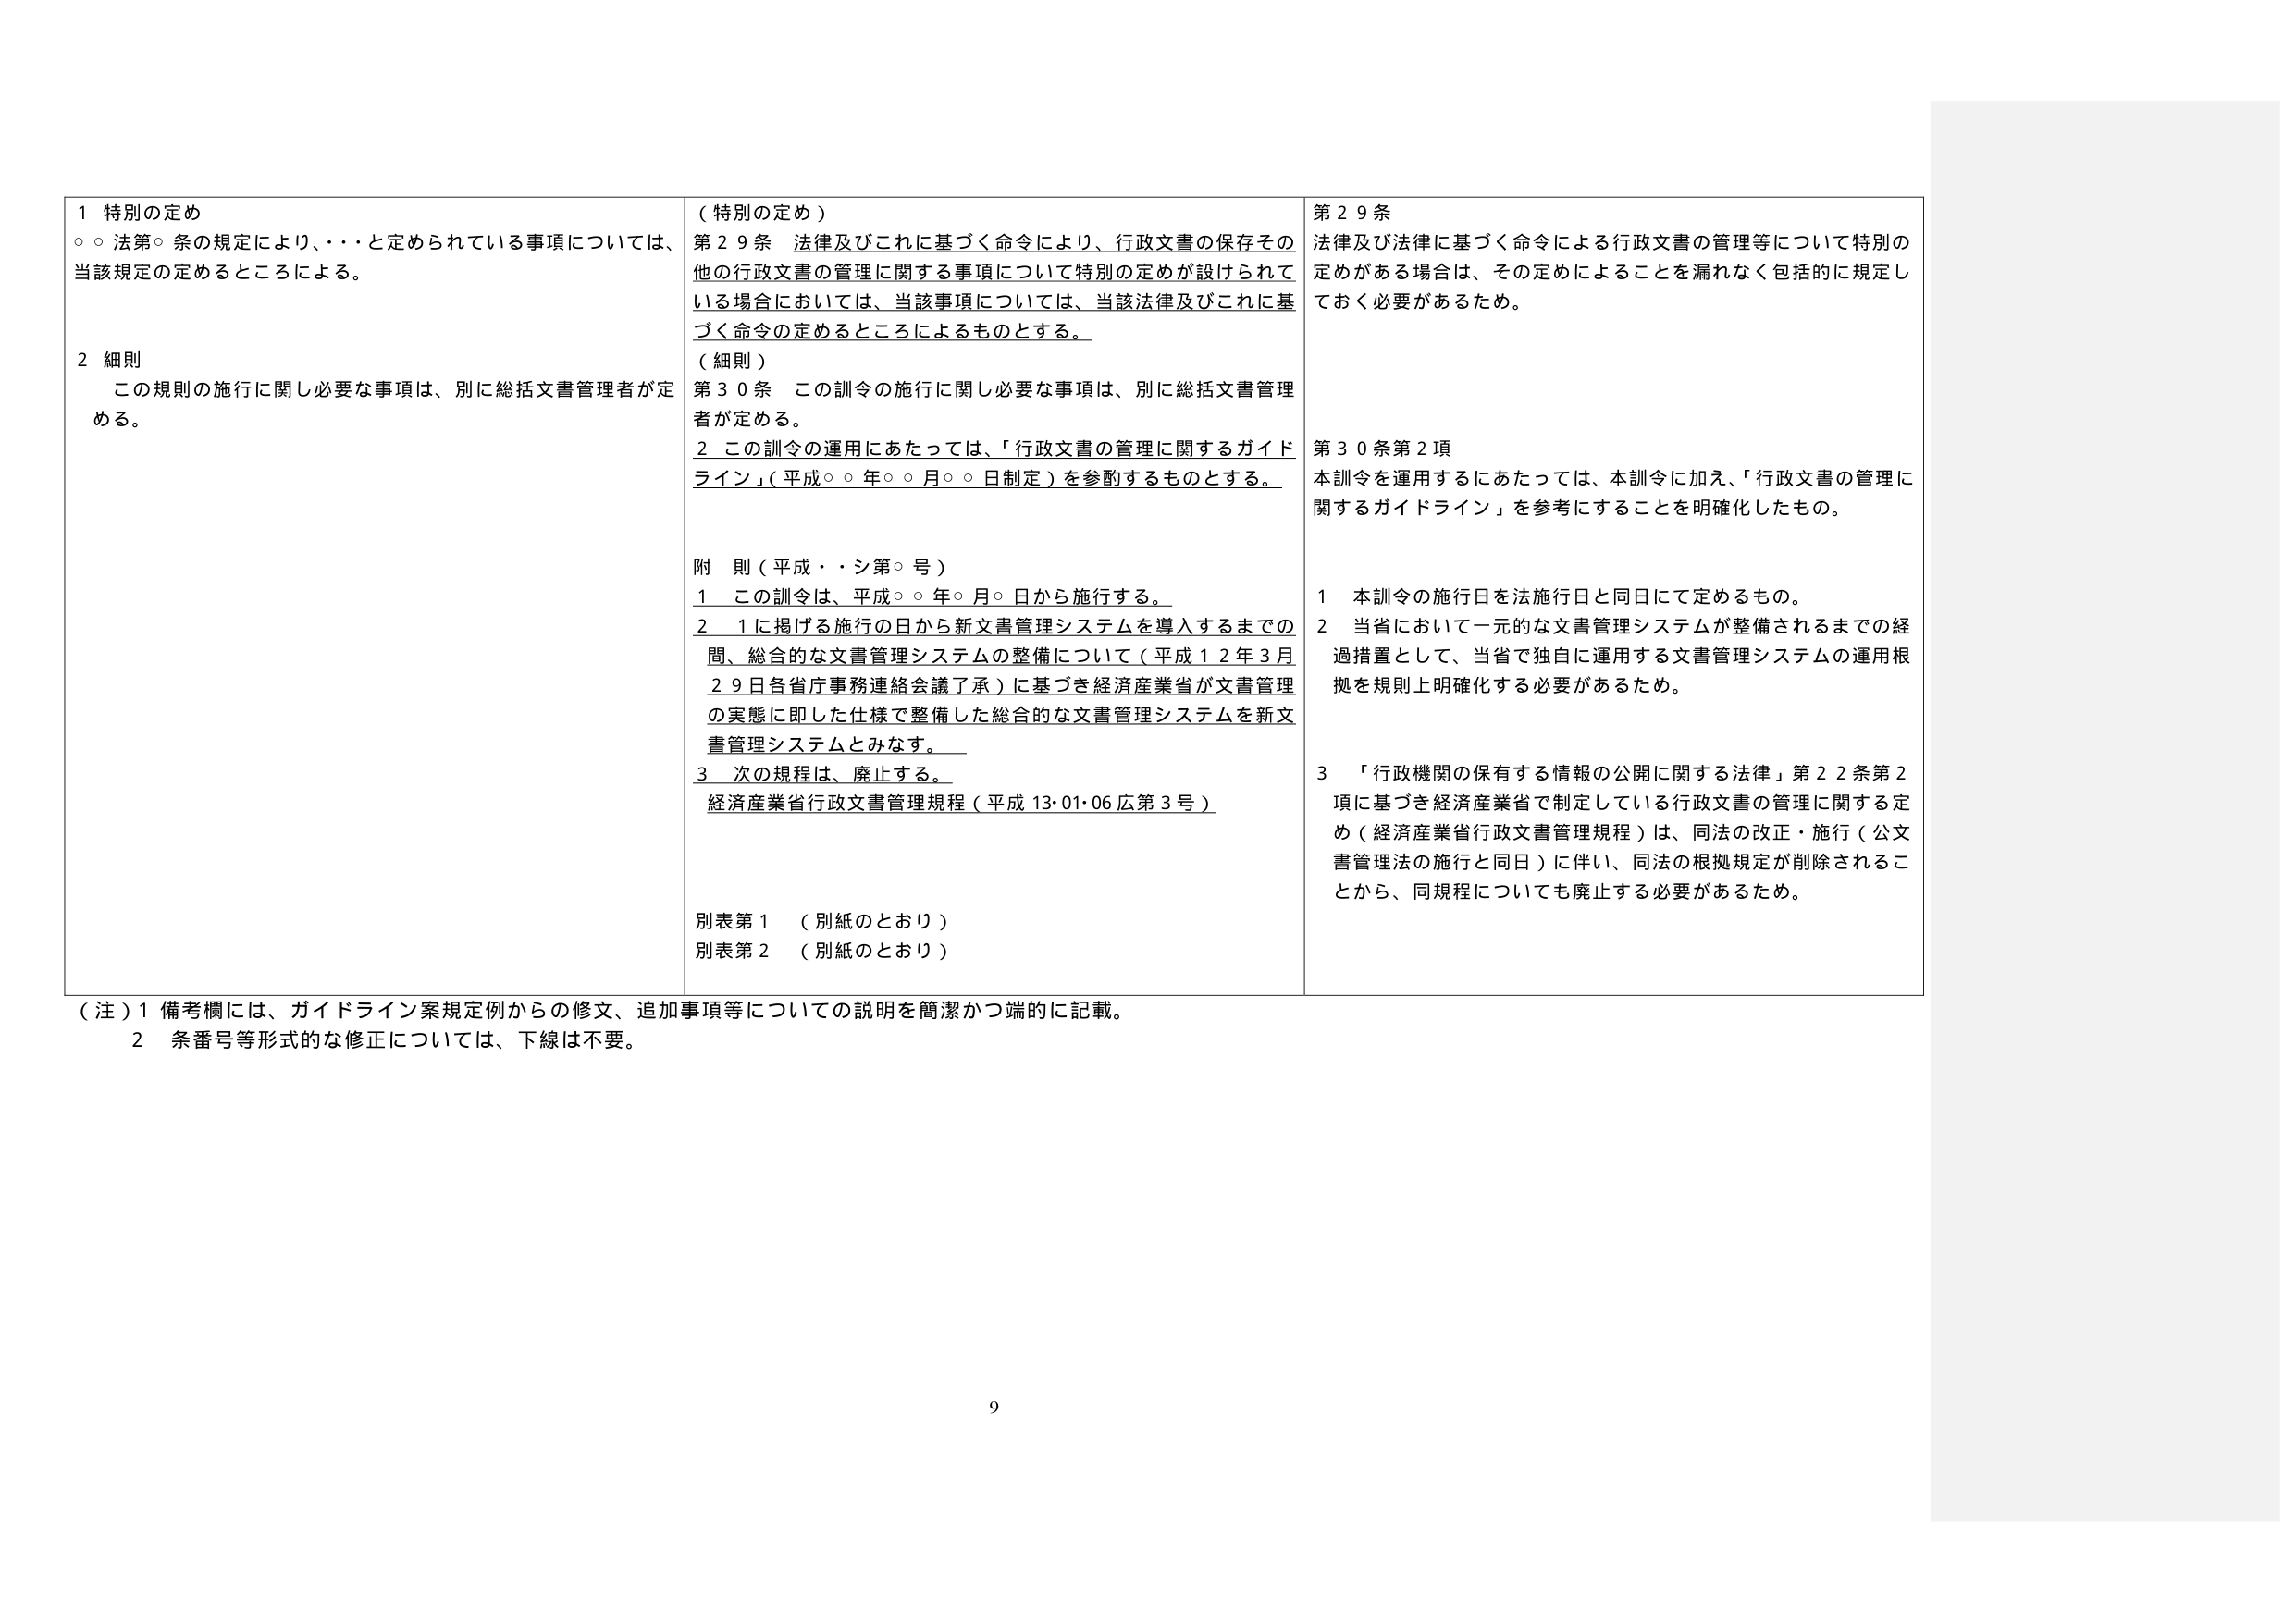
1 特別の定め
○○法第○条の規定により、・・・と定められている事項については、
当該規定の定めるところによる。

2 細則
この規則の施行に関し必要な事項は、別に総括文書管理者が定める。

（特別の定め）
第29条 法律及びこれに基づく命令により、行政文書の保存その他
の行政文書の管理に関する事項について特別の定めが設けられている
場合においては、当該事項については、当該法律及びこれに基づく命令の定めるところによるものとする。

（細則）
第30条 この訓令の施行に関し必要な事項は、別に総括文書管理者が定める。
2 この訓令の運用にあたっては、「行政文書の管理に関するガイドライン」（平成○○年○○月○○日制定）を参酌するものとする。

附 則（平成・・シ第○号）
1 この訓令は、平成○○年○月○日から施行する。
2 1に掲げる施行の日から新文書管理システムを導入するまでの間、総合的な文書管理システムの整備について（平成12年3月29日各省庁事務連絡会議了承）に基づき経済産業省が文書管理の実態に即した仕様で整備した総合的な文書管理システムを新文書管理システムとみなす。
3 次の規程は、廃止する。
経済産業省行政文書管理規程（平成13・01・06広第3号）

別表第1 （別紙のとおり）
別表第2 （別紙のとおり）

第29条
法律及び法律に基づく命令による行政文書の管理等について特別の定めがある場合は、その定めによることを漏れなく包括的に規定しておく必要があるため。

第30条第2項
本訓令を運用するにあたっては、本訓令に加え、「行政文書の管理に関するガイドライン」を参考にすることを明確化したもの。

1 本訓令の施行日を法施行日と同日に定めるもの。
2 当省において一元的な文書管理システムが整備されるまでの経過措置として、当省で独自に運用する文書管理システムの運用根拠を規則上明確化する必要があるため。
3 「行政機関の保有する情報の公開に関する法律」第22条第2項に基づき経済産業省で制定している行政文書の管理に関する定め（経済産業省行政文書管理規程）は、同法の改正・施行（公文書管理法の施行と同日）に伴い、同法の根拠規定が削除されることから、同規程についても廃止する必要があるため。

（注）1 備考欄には、ガイドライン案規定例からの修文、追加事項等についての説明を簡潔かつ端的に記載。
2 条番号等形式的な修正については、下線は不要。

9